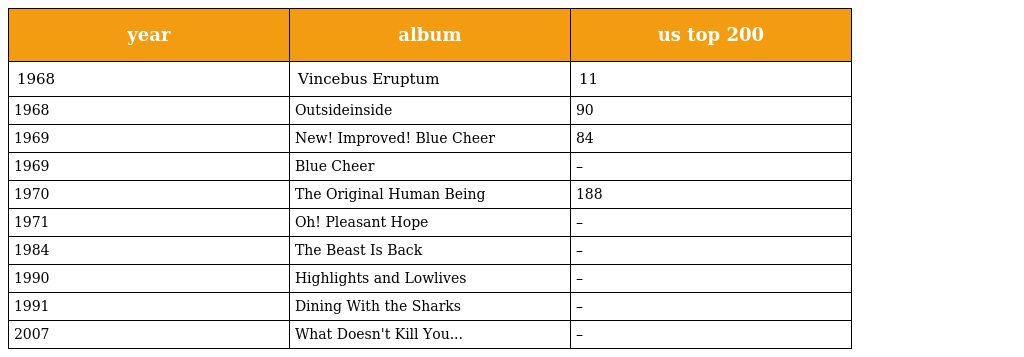
| year | album | us top 200 |
 | --- | --- | --- |
 | 1968 | Vincebus Eruptum | 11 |
 | 1968 | Outsideinside | 90 |
 | 1969 | New! Improved! Blue Cheer | 84 |
 | 1969 | Blue Cheer | – |
 | 1970 | The Original Human Being | 188 |
 | 1971 | Oh! Pleasant Hope | – |
 | 1984 | The Beast Is Back | – |
 | 1990 | Highlights and Lowlives | – |
 | 1991 | Dining With the Sharks | – |
 | 2007 | What Doesn't Kill You... | – |